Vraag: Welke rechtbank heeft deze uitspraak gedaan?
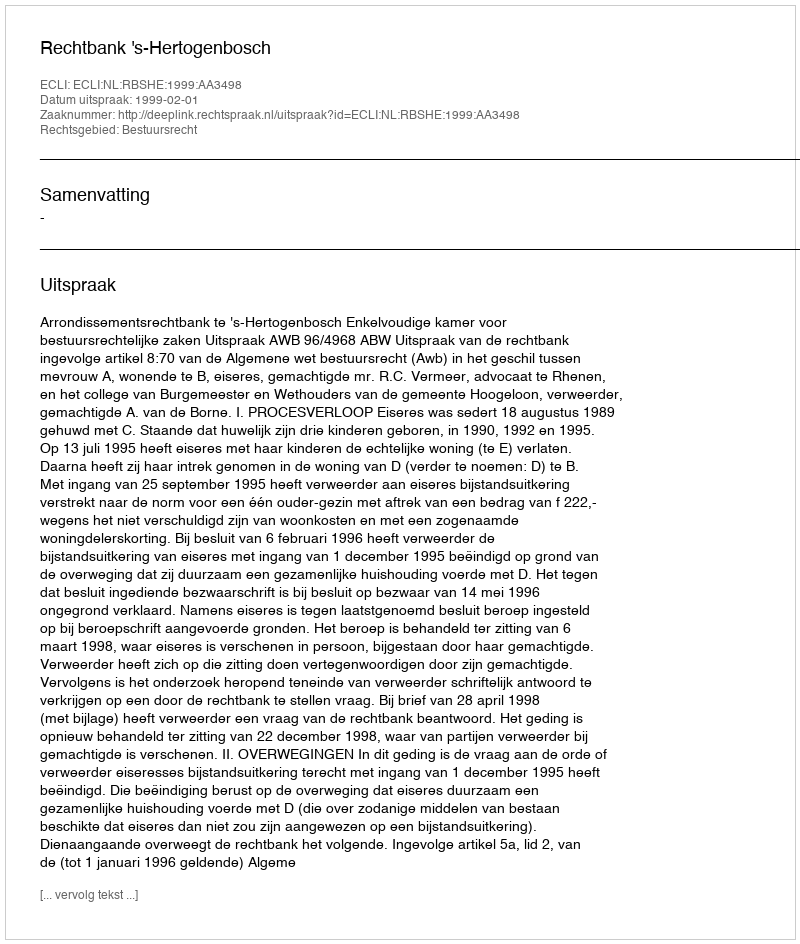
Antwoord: Rechtbank 's-Hertogenbosch